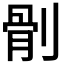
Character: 𠞡